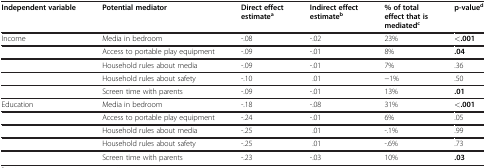
<table><thead><tr><td><b>Independent variable</b></td><td><b>Potential mediator</b></td><td><b>Direct effect estimate<sup>a</sup></b></td><td><b>Indirect effect estimate<sup>b</sup></b></td><td><b>% of total effect that is mediated<sup>c</sup></b></td><td><b>p-value<sup>d</sup></b></td></tr></thead><tbody><tr><td>Income</td><td>Media in bedroom</td><td>-.08</td><td>-.02</td><td>23%</td><td><b>&lt;.001</b></td></tr><tr><td> </td><td>Access to portable play equipment</td><td>-.09</td><td>-.01</td><td>8%</td><td><b>.04</b></td></tr><tr><td> </td><td>Household rules about media</td><td>-.09</td><td>-.01</td><td>7%</td><td>.36</td></tr><tr><td> </td><td>Household rules about safety</td><td>-.10</td><td>.01</td><td>−1%</td><td>.50</td></tr><tr><td> </td><td>Screen time with parents</td><td>-.09</td><td>-.01</td><td>13%</td><td><b>.01</b></td></tr><tr><td>Education</td><td>Media in bedroom</td><td>-.18</td><td>-.08</td><td>31%</td><td><b>&lt;.001</b></td></tr><tr><td> </td><td>Access to portable play equipment</td><td>-.24</td><td>-.01</td><td>6%</td><td>.05</td></tr><tr><td> </td><td>Household rules about media</td><td>-.25</td><td>.01</td><td>-.1%</td><td>.99</td></tr><tr><td> </td><td>Household rules about safety</td><td>-.25</td><td>.01</td><td>-.6%</td><td>.73</td></tr><tr><td> </td><td>Screen time with parents</td><td>-.23</td><td>-.03</td><td>10%</td><td><b>.03</b></td></tr></tbody></table>